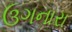
ઉગનારા